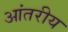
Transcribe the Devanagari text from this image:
आंतरीय